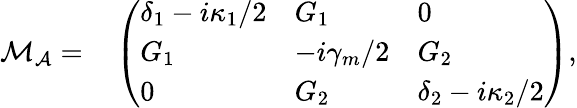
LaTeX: \begin{array}{rl}{\mathcal{M_{A}}=}&{{}\left(\begin{array}{lll}{\delta_{1}-i\kappa_{1}/2}&{G_{1}}&{0}\\ {G_{1}}&{-i\gamma_{m}/2}&{G_{2}}\\ {0}&{G_{2}}&{\delta_{2}-i\kappa_{2}/2}\end{array}\right),}\end{array}